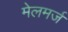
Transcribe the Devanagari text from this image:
मेलमर्ज